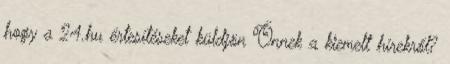
hogy a 24.hu értesítéseket küldjön Önnek a kiemelt hírekről?